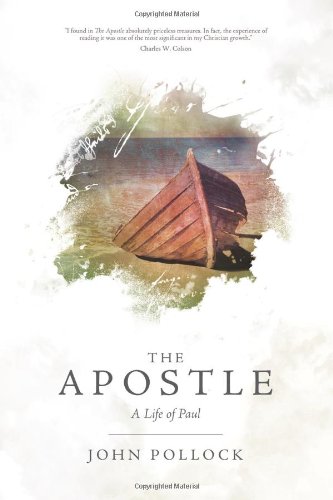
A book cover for The Apostle: A Life of Paul; John Pollock; Christian Books & Bibles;